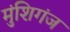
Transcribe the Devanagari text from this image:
मुंशिगंज